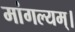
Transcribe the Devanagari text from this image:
मांगल्यम्।